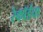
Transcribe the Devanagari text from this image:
रेकॉर्डचा